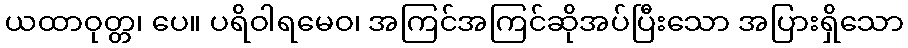
ယထာဝုတ္တ၊ ပေ။ ပရိဝါရမေဝ၊ အကြင်အကြင်ဆိုအပ်ပြီးသော အပြားရှိသော